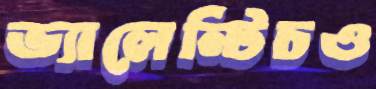
ভ্যালেন্টিচও